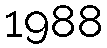
1988